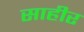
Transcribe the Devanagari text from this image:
साहीर